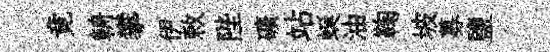
竟輈攀伊敕陛礦站蜒油鞠坡募鹽